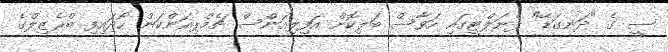
ސީ ގެ "ދަނގަޑޭ" ޕެނަލްޓީގައި ހަވާސް ބަލިކޮށް އަފިލިއަންސް ޗެމްޕިއަންކަން ހޯދައިފި ބްރެޒިލްގެ